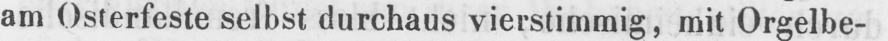
am Osterfeste selbst durchaus vierstimmig, mit Orgelbe-